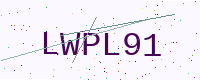
Text: LWPL91